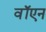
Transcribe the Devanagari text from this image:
वॉएन